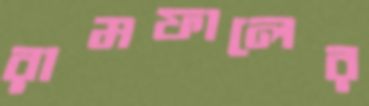
রামফালের